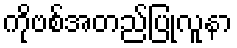
ကိုဗစ်အတည်ပြုလူနာ